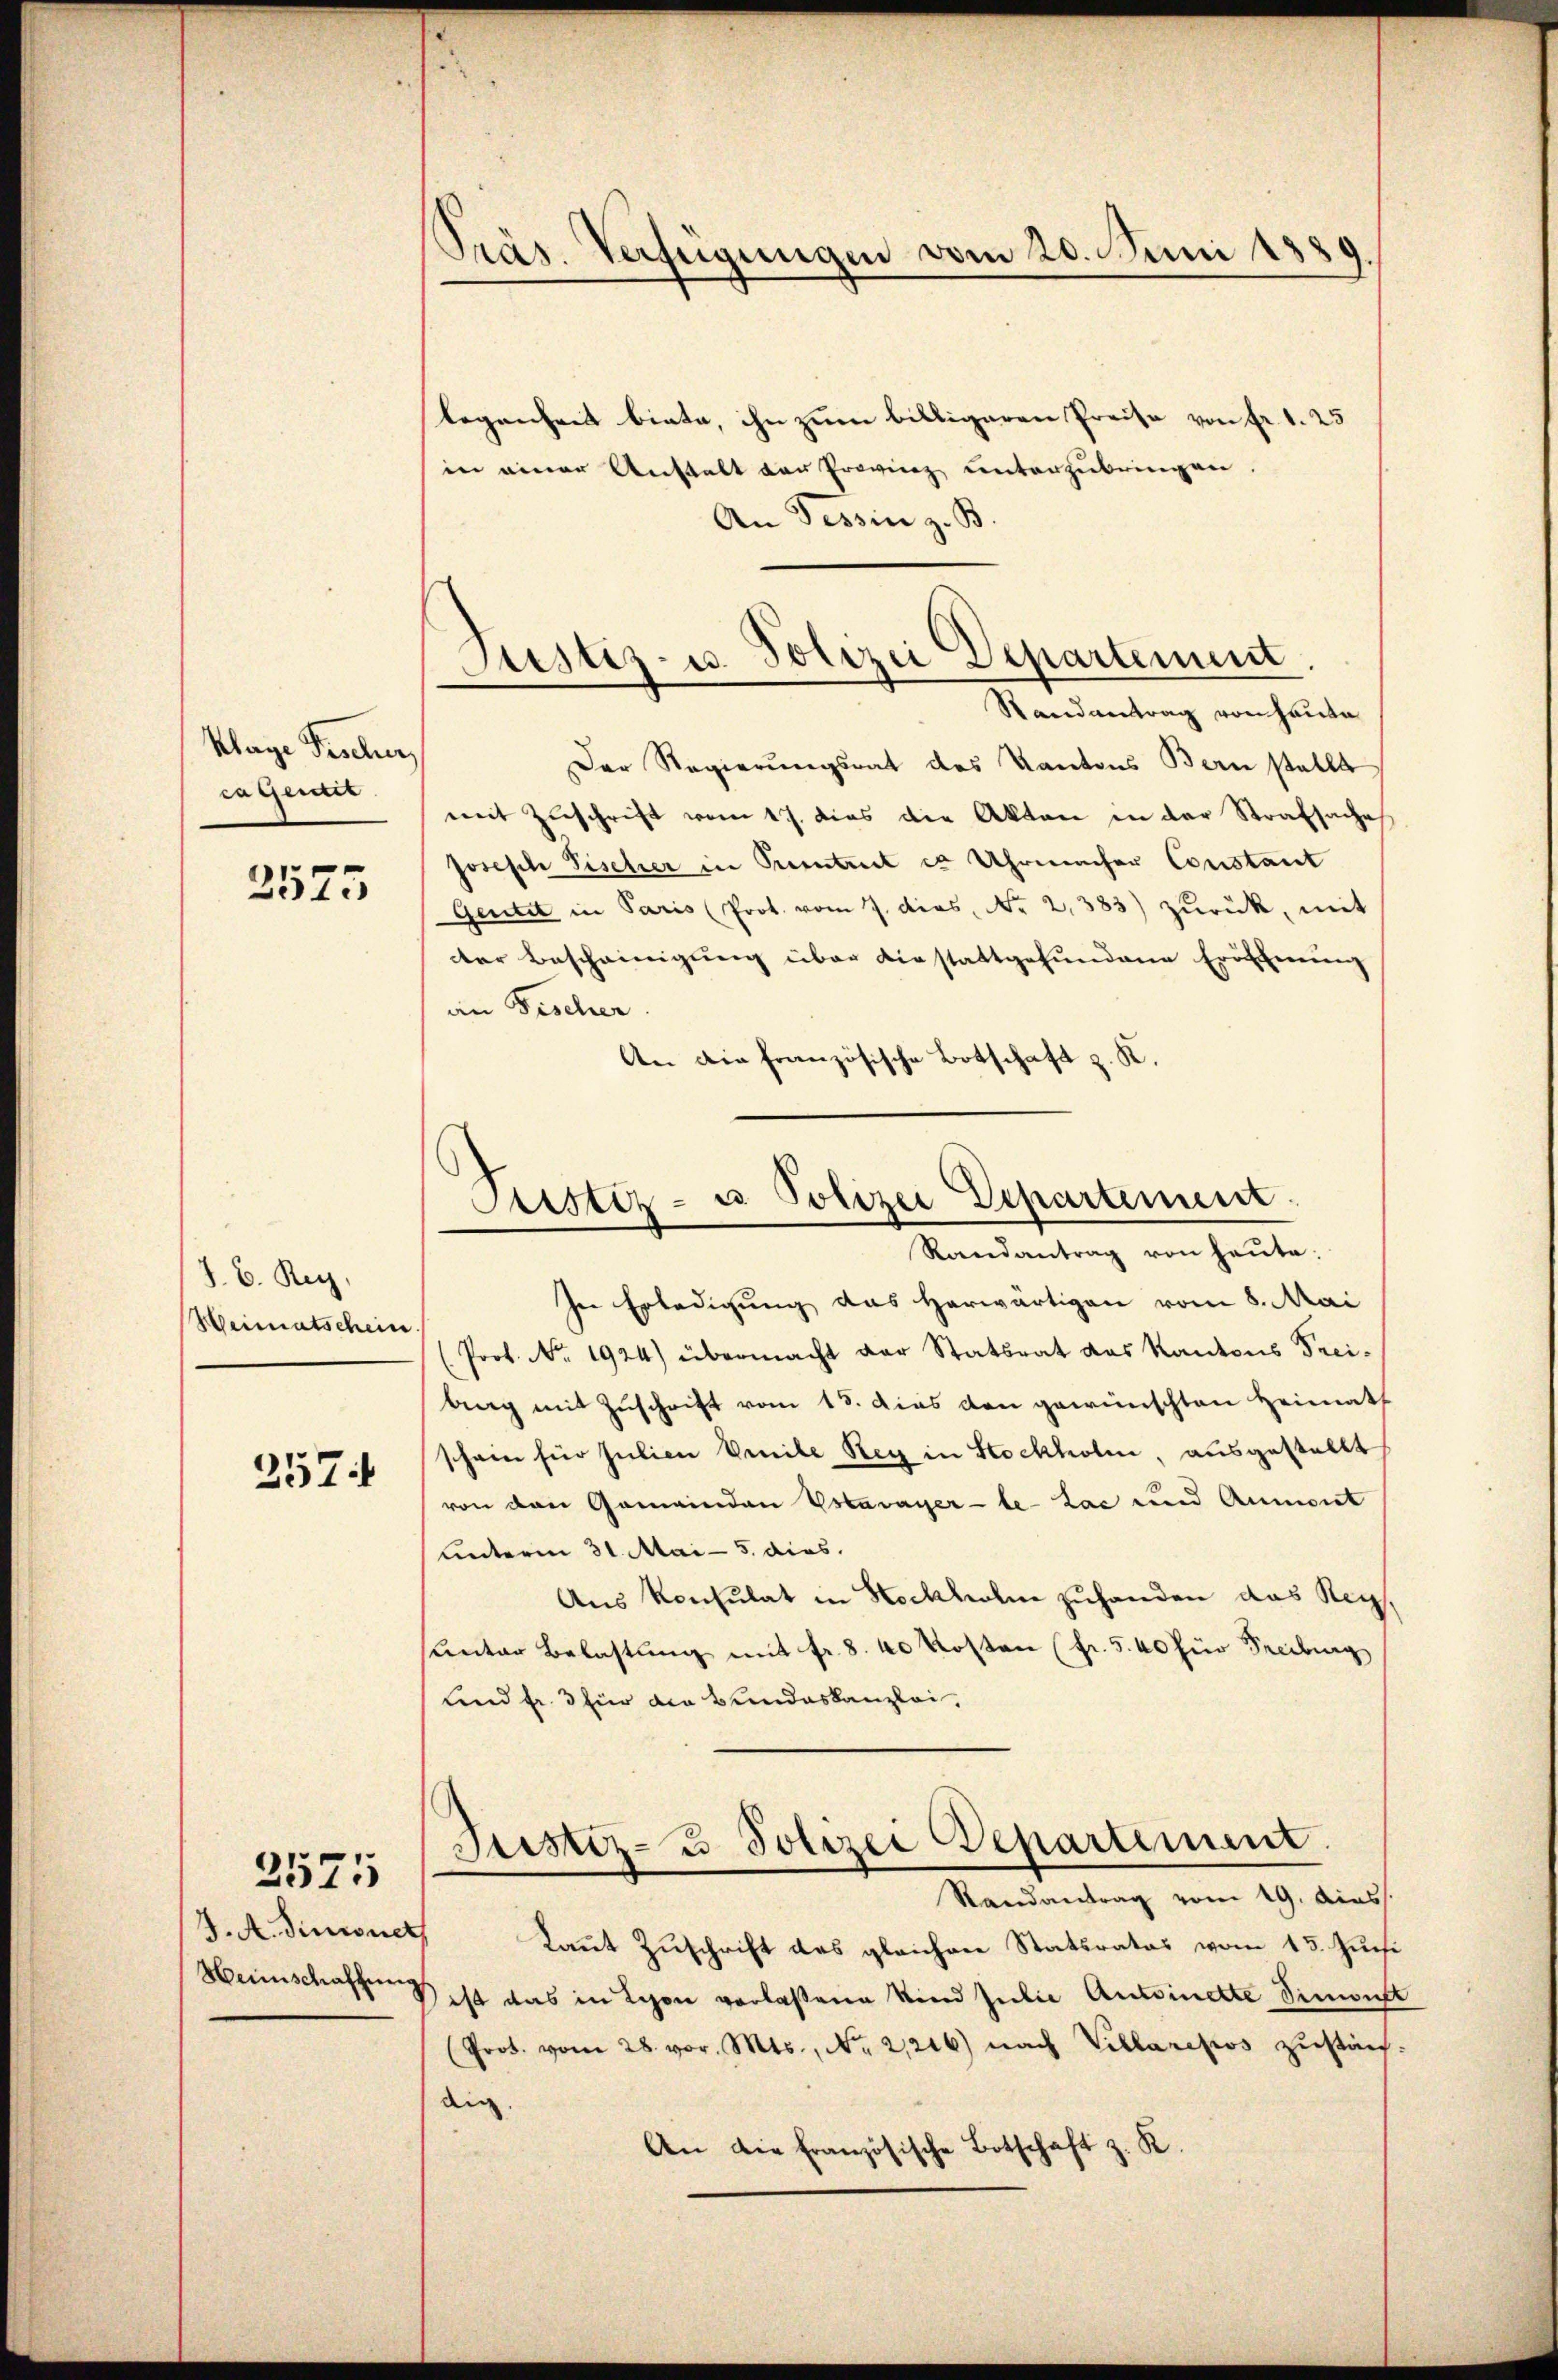
Klage Fischer
cagent

3575

J. C. Reg.
Weimatschein

257

2575

J. A. Sinnet
Haunschaffung

Präs. Verfügungen vom 20. Juni 1889.

Justiz- u. Polizei Departement.
Randantrag von heute

legenheit biete, ihn zum billigeren Preise von fr. 1. 25
in einer Anstalt der Provinz unterzubringen.
An Tessin z. B.
Der Regierungsrat des Kantons Bern stellt
mit Zuschrift vom 17. dies die Akten in der Strafsaches
Joseph Fischer in Petreit es Uhrmacher Constant
Gentel in Paris (Prot. vom 7. dies. Nr. 2383) zŭrück, mit
dter Bescheinigung über diestattgefundene Eröfchnung
an Fischer
An die französische Botschaft z. K.

Justiz- u Polizei Departement.
Randantrag von heute.

In Erledigung das herwärtigen vom 8. Mai
(Prot. No. 1924) übermacht der Statsrat des Kantons Frei-
barg mit Zuschrift vom 15. dies den gewünschten Heimath
schein für Julien Venile Rey in Stockholm, ausgestellt
von den Gemeinden Votavayer-le-Lac und Aumont
unterm 31. Mai - 5. dies
Aus Konsulat in Hockholm zuhanden das Reg.
Lnter Belastung mit fr. 8. 40 Kosten (fr. 5.40 für Freiburg
und fr. 3 für die Bundeskanzlei,
Justiz- & Polizei Departement
Randantrag vom 19. dies
kannt Zuschrift des gleichen Statsrates vom 15. Juni
ist das in Schon verlaßene Kind Julie Antoinette Simont
Prot. vom 28. vor. Mts., No. 21216) nach Villarepos zustach
dig.
An die Französische Botschaft z. K.